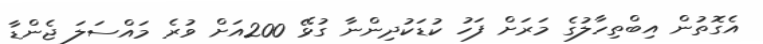
އެގޮތުން އިބްތިހާލުގެ މަރަށް ފަހު ކުޑަކުދިންނާ ގުޅޭ 200އަށް ވުރެ މައްސަލަ ޖެންޑާ